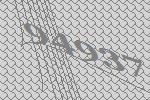
94937